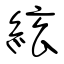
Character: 絃